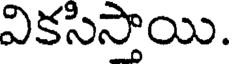
వికసిస్తాయి.